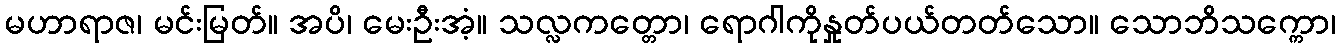
မဟာရာဇ၊ မင်းမြတ်။ အပိ၊ မေးဦးအံ့။ သလ္လကတ္တော၊ ရောဂါကိုနှုတ်ပယ်တတ်သော။ သောဘိသက္ကော၊